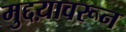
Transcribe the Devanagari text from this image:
मुद्दय़ावरून